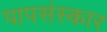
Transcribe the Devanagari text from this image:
पापसंस्कार